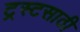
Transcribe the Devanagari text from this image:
ट्रस्टसाठी